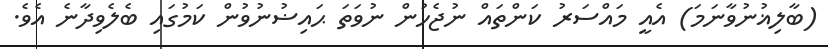
(ބާލިޣުނުވާނަމަ) އެއީ މައްސަރު ކަންތައް ނުޖެހުން ނުވަތަ ޙައިޟުނުވުން ކަމުގައި ބެލެވިދާނެ އެވެ.